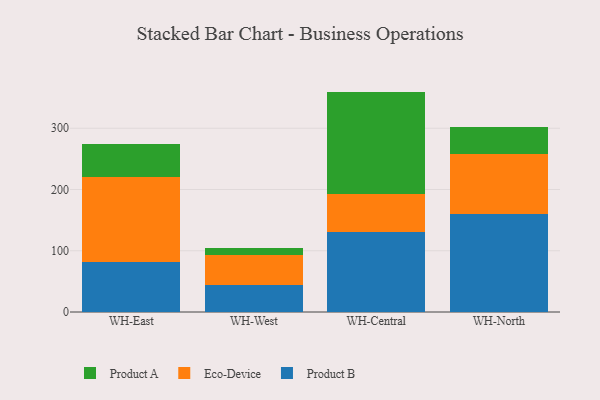
{"axis": {"x": "Warehouse", "y": "Conversion Rate (%)"}, "legend": ["Eco-Device", "Product A", "Product B"], "data": [{"x": "WH-East", "y": 81.8, "type": "Product B"}, {"x": "WH-East", "y": 138.0, "type": "Eco-Device"}, {"x": "WH-East", "y": 54.5, "type": "Product A"}, {"x": "WH-West", "y": 43.7, "type": "Product B"}, {"x": "WH-West", "y": 50.0, "type": "Eco-Device"}, {"x": "WH-West", "y": 11.0, "type": "Product A"}, {"x": "WH-Central", "y": 129.9, "type": "Product B"}, {"x": "WH-Central", "y": 62.5, "type": "Eco-Device"}, {"x": "WH-Central", "y": 167.4, "type": "Product A"}, {"x": "WH-North", "y": 160.0, "type": "Product B"}, {"x": "WH-North", "y": 98.1, "type": "Eco-Device"}, {"x": "WH-North", "y": 44.7, "type": "Product A"}]}